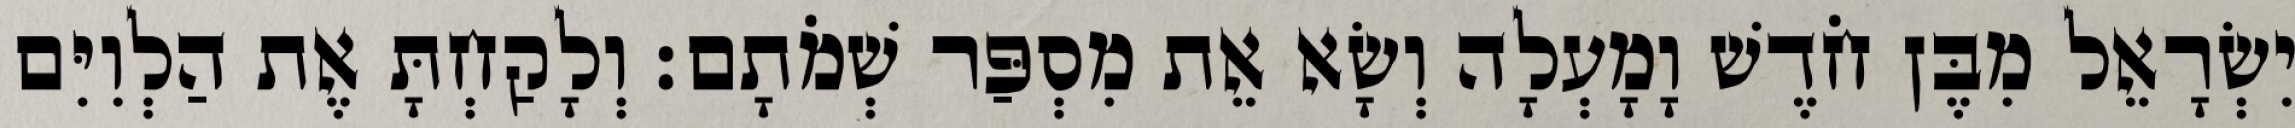
יִשְׂרָאֵל מִבֶּן חֹדֶשׁ וָמָעְלָה וְשָׂא אֵת מִסְפַּר שְׁמֹתָם׃ וְלָקַחְתָּ אֶת הַלְוִיִּם